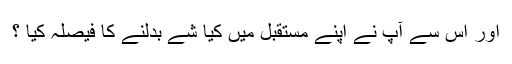
اور اس سے آپ نے اپنے مستقبل میں کیا شے بدلنے کا فیصلہ کیا ؟